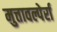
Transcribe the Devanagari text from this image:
मुत्तावल्पेर्रा